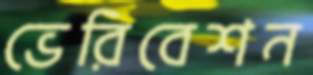
ভেরিবেশন